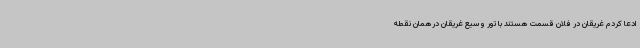
ادعا کردم غریقان در فلان قسمت هستند با تور وسیع غریقان درهمان نقطه